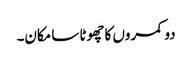
دو کمروں کا چھوٹا سا مکان۔